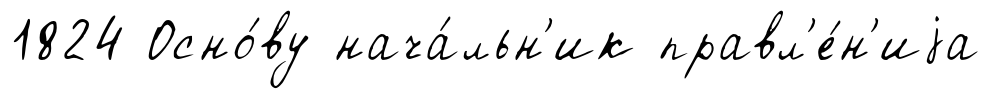
1824 Осно́ву нача́льн'ик правл'е́н'иjа